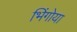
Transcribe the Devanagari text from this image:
भिंगोया